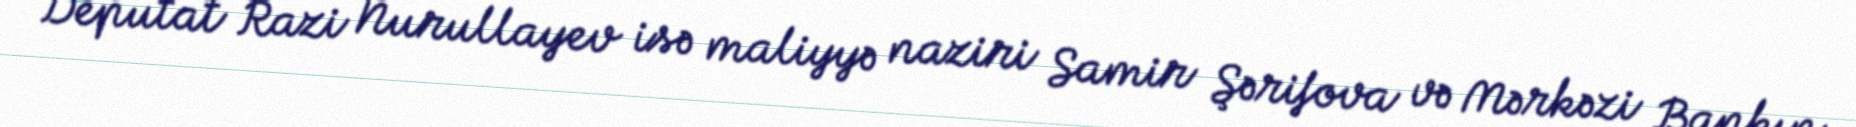
Deputat Razi Nurullayev isə maliyyə naziri Samir Şərifova və Mərkəzi Bankın